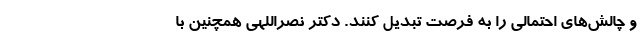
و چالش‌های احتمالی را به فرصت تبدیل کنند. دکتر نصراللهی همچنین با